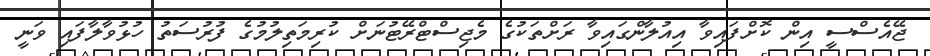
ޖޭއެސްސީ އިން ކޮށްފައިވާ އިއުލާންގައިވާ ރަށްތަކުގެ މެޖިސްޓްރޭޓުނަށް ކުރިމަތިލުމުގެ ފުރުސަތު ހުޅުވާލާފައި ވަނީ